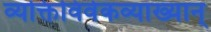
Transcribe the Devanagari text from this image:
व्यक्तिविवेकव्याख्यान्‌